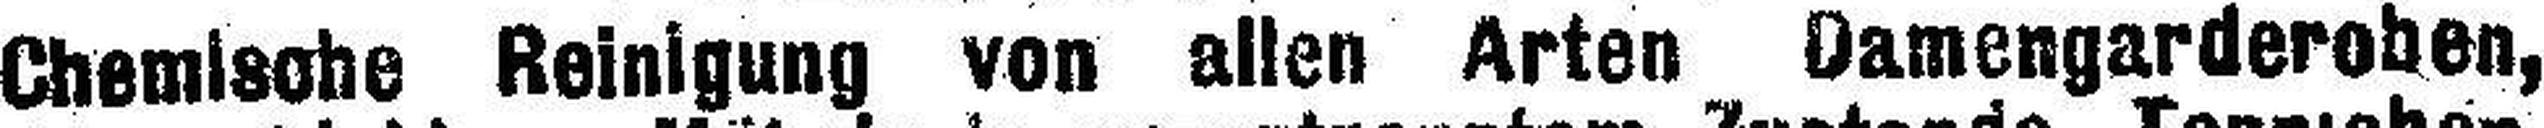
Chemische Reinigung von allen Arten Damengarderohen,